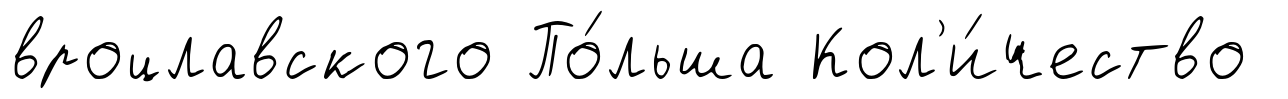
вроцлавского По́льша Кол'и́чество